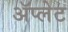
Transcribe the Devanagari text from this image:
ॲप्लेट